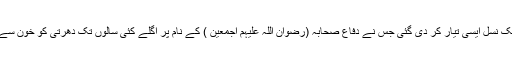
یوں پوری ایک نسل ایسی تیار کر دی گئی جس نے دفاع صحابہ (رضوان اللہ علیہم اجمعین ) کے نام پر اگلے کئی سالوں تک دھرتی کو خون سے رنگین کیا ۔